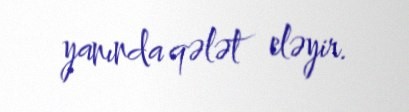
yanında qələt eləyir.